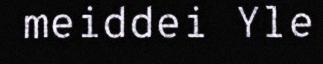
meiddei Yle